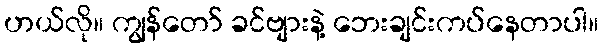
ဟယ်လို။ ကျွန်တော် ခင်ဗျားနဲ့ ဘေးချင်းကပ်နေတာပါ။